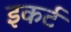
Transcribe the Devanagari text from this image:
इकर्ट